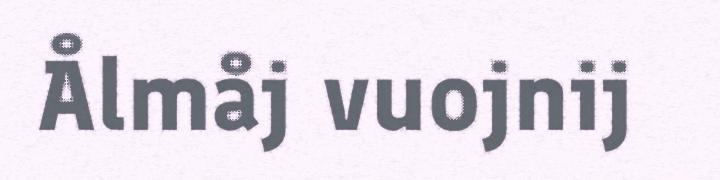
Ålmåj vuojnij